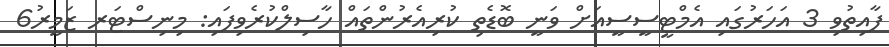
ފާއިތުވި 3 އަހަރުގައި އެމްޓީސީސީއަށް ވަނީ ބޮޑެތި ކުރިއެރުންތައް ހާސިލްކުރެވިފައި: މިނިސްޓަރ ޒަމީރު6